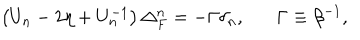
\left( U _ { n } - 2 \eta + U _ { n } ^ { - 1 } \right) \Delta _ { F } ^ { n } = - \Gamma \delta _ { n } , \Gamma \equiv \beta ^ { - 1 } ,